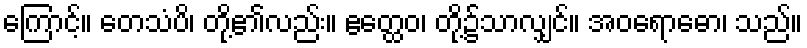
ကြောင့်။ တေသံပိ၊ တို့၏လည်း။ ဧတ္ထေဝ၊ တို့၌သာလျှင်။ အဝရောဓော၊ သည်။